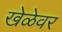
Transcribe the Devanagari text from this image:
खेळेवर